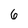
Character: 6